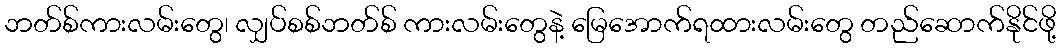
ဘတ်စ်ကားလမ်းတွေ၊ လျှပ်စစ်ဘတ်စ် ကားလမ်းတွေနဲ့ မြေအောက်ရထားလမ်းတွေ တည်ဆောက်နိုင်ဖို့